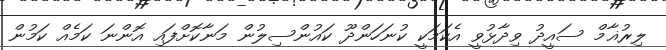
ލިރުޣާމް ސައީދު ވިދާޅުވީ އެކަމަކީ ކުނަހަންދޫ ކައުންސިލުން މަނާކޮށްފައި އޮންނަ ކަމެއް ކަމުން